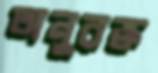
অনুরক্ত